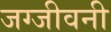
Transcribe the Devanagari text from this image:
जग्जीवनी